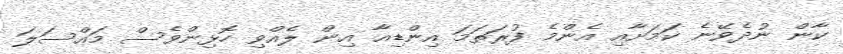
ކާން ނުދެވޭނެ ކަމަށާއި އެންމެ ފުރަތަމަ އިންޑިއާ އިން ލެއްވި ހޮޅިންވެސް މައްސަލަ